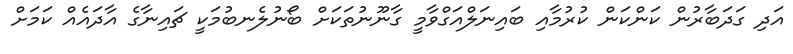
އަދި ގަދަބާރުން ކަންކަން ކުރުމާއި ބައިނަލްއަގްވާމީ ގާނޫނުތަކަށް ބޯނުލެނބުމަކީ ޗައިނާގެ އާދައެއް ކަމަށް